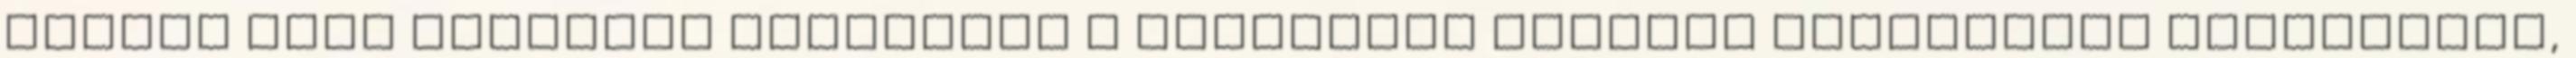
néhány száz méterről kiszúrtam a következő jelzést valamilyen romfélénél,